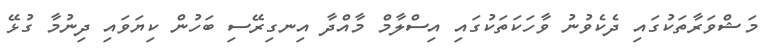
މަޝްވަރާތަކުގައި ދެކެވުނު ވާހަކަތަކުގައި އިސްލާމް މާއްދާ އިނގިރޭސި ބަހުން ކިޔަވައި ދިނުމާ ގުޅޭ